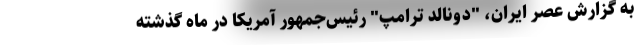
به گزارش عصر ایران، "دونالد ترامپ" رئیس‌جمهور آمریکا در ماه گذشته